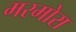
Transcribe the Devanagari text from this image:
मरमोरा